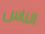
الناس